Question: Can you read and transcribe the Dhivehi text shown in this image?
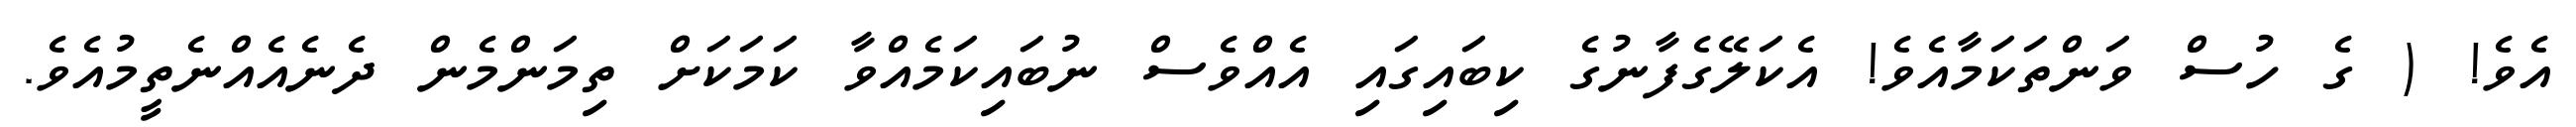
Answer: އެވެ! ( ގެ ހުސް ވަންތަކަމާއެވެ! އެކަލޭގެފާނުގެ ކިބައިގައި އެއްވެސް ނުބައިކަމެއްވާ ކަމަކަށް ތިމަންމެން ދެނެއެއްނެތީމުއެވެ.